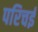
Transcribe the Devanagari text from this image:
परिचई